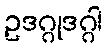
ဥဒဂ္ဂုဒဂ္ဂါ